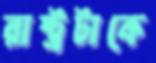
রাষ্ট্রটাকে